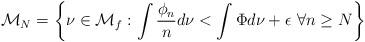
LaTeX: \begin{align*}{\mathcal M}_N = \left\{\nu \in {\mathcal M}_f: \int\dfrac{\phi_n}{n}d\nu < \int\Phi{d\nu} + \epsilon \ \forall n \geq N \right\}\end{align*}